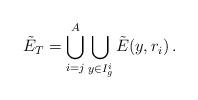
LaTeX: \begin{align*} \tilde E_T = \bigcup_{i=j}^A \bigcup_{y\in I_g^i} \tilde E(y,r_i)\, .\end{align*}